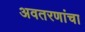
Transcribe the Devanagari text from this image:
अवतरणांचा